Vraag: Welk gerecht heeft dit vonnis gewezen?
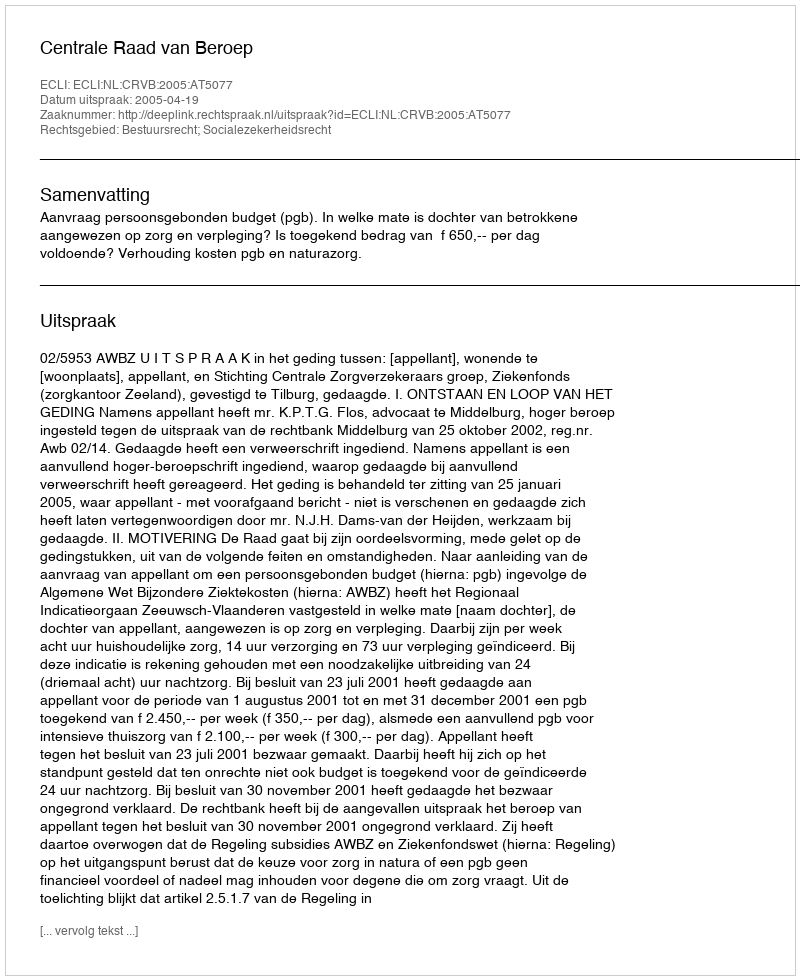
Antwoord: Centrale Raad van Beroep